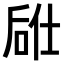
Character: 𫪣